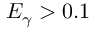
E _ { \gamma } > 0 . 1